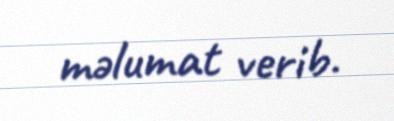
məlumat verib.